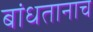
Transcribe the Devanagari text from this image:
बांधतानाच